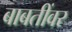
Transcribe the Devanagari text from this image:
बाबतींवर